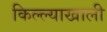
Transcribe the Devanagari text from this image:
किल्ल्याखाली